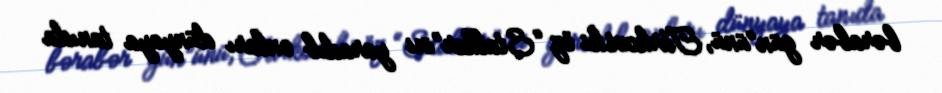
bərabər gün”ünü, Tarkovski öz “Stalker”ini yaradıb onları dünyaya tanıda